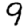
Digit: 9